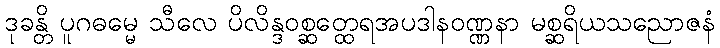
ဒုခန္တိ ပူဂဓမ္မေ သီလေ ပိလိန္ဒဝစ္ဆတ္ထေရအပဒါနဝဏ္ဏနာ မစ္ဆရိယသညောဇနံ